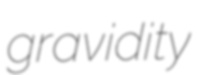
gravidity